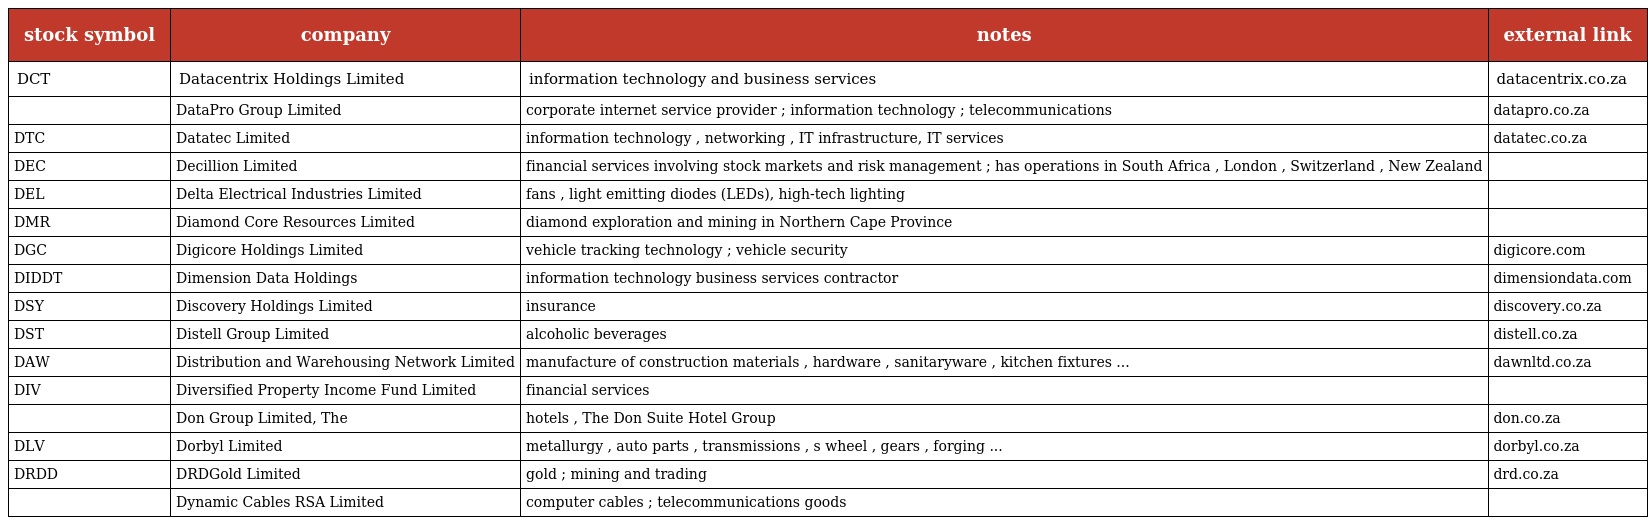
| stock symbol | company | notes | external link |
 | --- | --- | --- | --- |
 | DCT | Datacentrix Holdings Limited | information technology and business services | datacentrix.co.za |
 |  | DataPro Group Limited | corporate internet service provider ; information technology ; telecommunications | datapro.co.za |
 | DTC | Datatec Limited | information technology , networking , IT infrastructure, IT services | datatec.co.za |
 | DEC | Decillion Limited | financial services involving stock markets and risk management ; has operations in South Africa , London , Switzerland , New Zealand |  |
 | DEL | Delta Electrical Industries Limited | fans , light emitting diodes (LEDs), high-tech lighting |  |
 | DMR | Diamond Core Resources Limited | diamond exploration and mining in Northern Cape Province |  |
 | DGC | Digicore Holdings Limited | vehicle tracking technology ; vehicle security | digicore.com |
 | DIDDT | Dimension Data Holdings | information technology business services contractor | dimensiondata.com |
 | DSY | Discovery Holdings Limited | insurance | discovery.co.za |
 | DST | Distell Group Limited | alcoholic beverages | distell.co.za |
 | DAW | Distribution and Warehousing Network Limited | manufacture of construction materials , hardware , sanitaryware , kitchen fixtures ... | dawnltd.co.za |
 | DIV | Diversified Property Income Fund Limited | financial services |  |
 |  | Don Group Limited, The | hotels , The Don Suite Hotel Group | don.co.za |
 | DLV | Dorbyl Limited | metallurgy , auto parts , transmissions , s wheel , gears , forging ... | dorbyl.co.za |
 | DRDD | DRDGold Limited | gold ; mining and trading | drd.co.za |
 |  | Dynamic Cables RSA Limited | computer cables ; telecommunications goods |  |